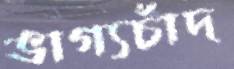
ভাগ্যচাঁদ